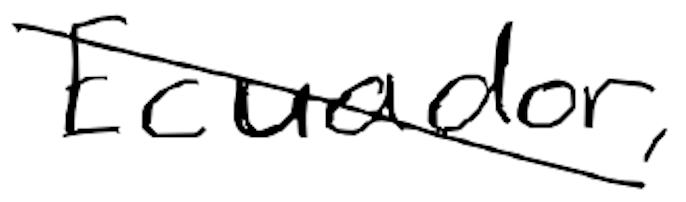
Text: Ecuador,
Cross-out: diagonal
Writing tool: digital_black